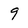
Character: 9